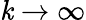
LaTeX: \mathit{k}\to\infty